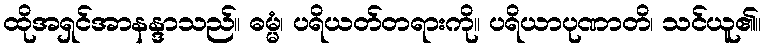
ထိုအရှင်အာနန္ဒာသည်။ ဓမ္မံ၊ ပရိယတ်တရားကို။ ပရိယာပုဏာတိ၊ သင်ယူ၏။